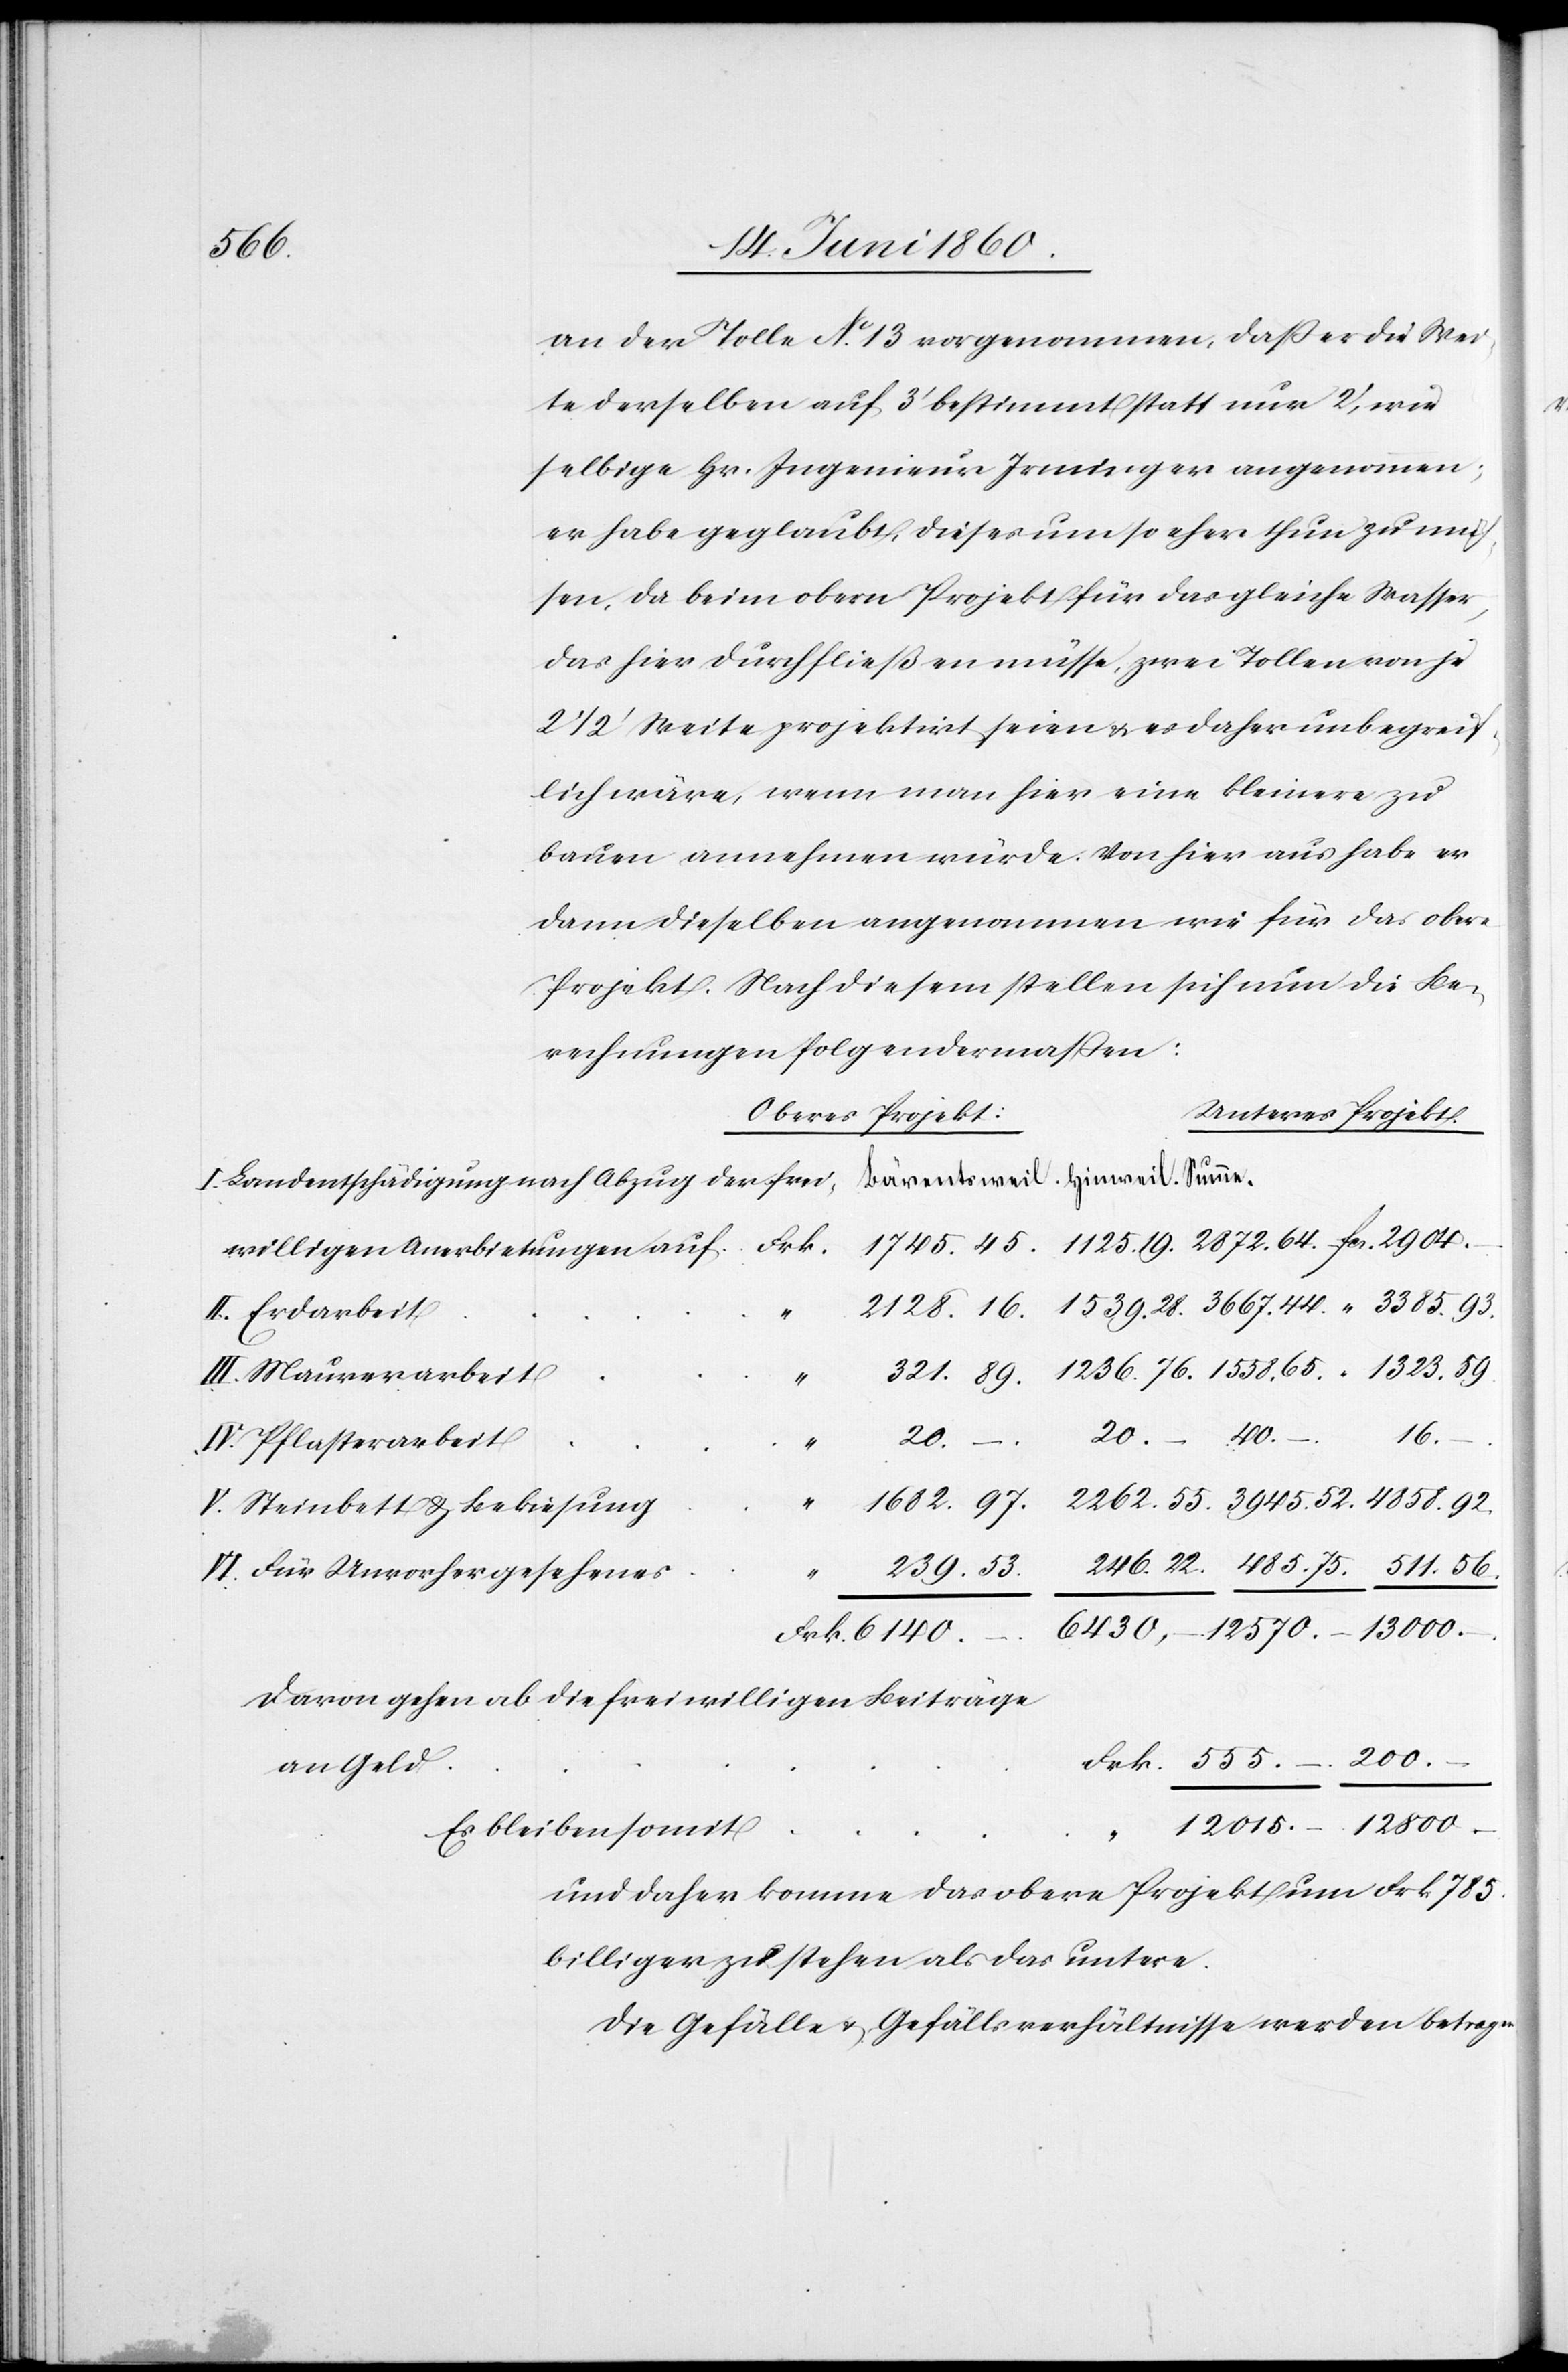
13000.
an der Tolle No 13 vorgenommen, dass er die Wer¬
te derselben auf 3’ bestimmt statt nur 2’, wie
selbige Hr. Ingenieur Irminger angenommen;
er habe geglaubt, dieses um so eher thun zu müs¬
sen, da beim obern Projekt für das gleiche Wasser,
das hier durchfließen müsse, zwei Tollen von je
2 1/2’ Weite projektirt seien u. es daher unbegreif¬
lich wäre, wenn man hier eine kleinere zu
bauen annehmen würde. Von hier aus habe er
dann dieselben angenommen wie für das obere
Projekt. Nach diesem stellen sich nun die Be¬
rechnungen folgendermassen:
Oberes Projekt
Unteres Projekt
–
I. Landentschädigung nach Abzug der freiwilligen Anerbie¬
II. Erdarbeit
III. Maurerarbeit
“
auf
75.
n.
12800
IV. Pflasterarbeit
V. Steinbett u. Bekiesung
VI. Für Unvorhergesehenes
“
davon gehen ab die freiwilligen Beiträge
an Geld
Es bleiben somit
und daher komme das obere Projekt um Frk. 785.
billiger zu stehen als das untere.
Die Gefälle u. Gefällsverhältnisse werden betrage¬